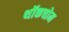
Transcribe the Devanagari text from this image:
थॉकचोम